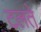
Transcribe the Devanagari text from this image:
टलते